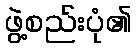
ဖွဲ့စည်းပုံ၏